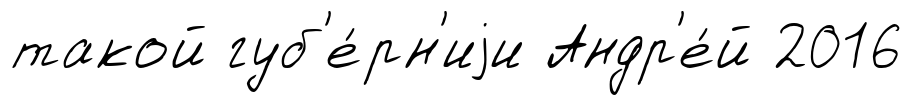
такой губ'е́рн'иjи Андр'е́й 2016